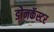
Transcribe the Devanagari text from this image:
डोनकॅस्टर